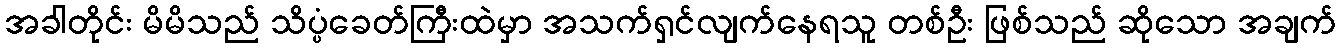
အခါတိုင်း မိမိသည် သိပ္ပံခေတ်ကြီးထဲမှာ အသက်ရှင်လျက်နေရသူ တစ်ဦး ဖြစ်သည် ဆိုသော အချက်